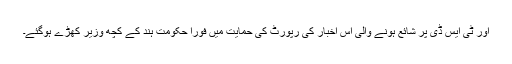
اور ٹی ایس ڈی پر شائع ہونے والی اس اخبار کی رپورٹ کی حمایت میں فوراً حکومت ہند کے کچھ وزیر کھڑے ہوگئے۔